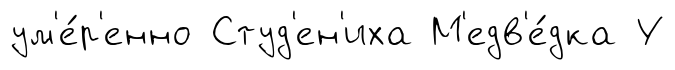
ум'е́р'енно Студ'ен'иха М'едв'е́дка У